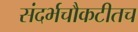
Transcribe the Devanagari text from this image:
संदर्भचौकटीतच